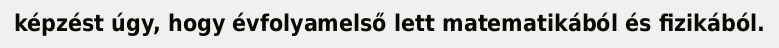
képzést úgy, hogy évfolyamelső lett matematikából és fizikából.